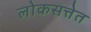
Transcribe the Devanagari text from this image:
लोकसत्तेत